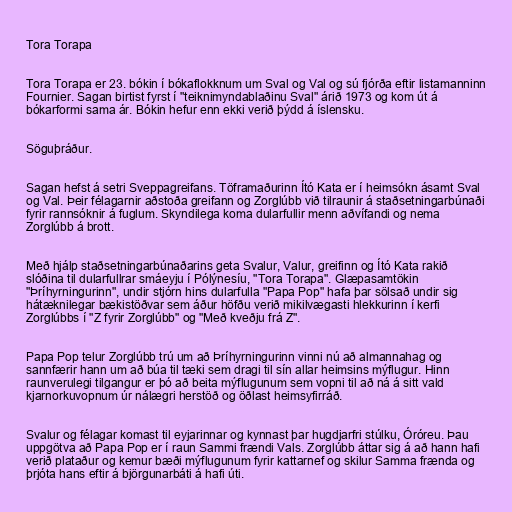
Tora Torapa

Tora Torapa er 23. bókin í bókaflokknum um Sval og Val og sú fjórða eftir listamanninn
Fournier. Sagan birtist fyrst í "teiknimyndablaðinu Sval" árið 1973 og kom út á
bókarformi sama ár. Bókin hefur enn ekki verið þýdd á íslensku.

Söguþráður.

Sagan hefst á setri Sveppagreifans. Töframaðurinn Ító Kata er í heimsókn ásamt Sval
og Val. Þeir félagarnir aðstoða greifann og Zorglúbb við tilraunir á staðsetningarbúnaði
fyrir rannsóknir á fuglum. Skyndilega koma dularfullir menn aðvífandi og nema
Zorglúbb á brott.

Með hjálp staðsetningarbúnaðarins geta Svalur, Valur, greifinn og Ító Kata rakið
slóðina til dularfullrar smáeyju í Pólýnesíu, "Tora Torapa". Glæpasamtökin
"Þríhyrningurinn", undir stjórn hins dularfulla "Papa Pop" hafa þar sölsað undir sig
hátæknilegar bækistöðvar sem áður höfðu verið mikilvægasti hlekkurinn í kerfi
Zorglúbbs í "Z fyrir Zorglúbb" og "Með kveðju frá Z".

Papa Pop telur Zorglúbb trú um að Þríhyrningurinn vinni nú að almannahag og
sannfærir hann um að búa til tæki sem dragi til sín allar heimsins mýflugur. Hinn
raunverulegi tilgangur er þó að beita mýflugunum sem vopni til að ná á sitt vald
kjarnorkuvopnum úr nálægri herstöð og öðlast heimsyfirráð.

Svalur og félagar komast til eyjarinnar og kynnast þar hugdjarfri stúlku, Óróreu. Þau
uppgötva að Papa Pop er í raun Sammi frændi Vals. Zorglúbb áttar sig á að hann hafi
verið plataður og kemur bæði mýflugunum fyrir kattarnef og skilur Samma frænda og
þrjóta hans eftir á björgunarbáti á hafi úti.